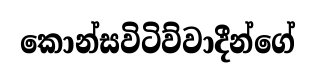
කොන්සවිටිව්වාදීන්ගේ